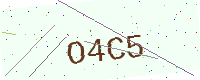
Text: O4C5